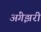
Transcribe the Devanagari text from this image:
अंगेझरी